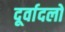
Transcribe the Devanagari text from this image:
दूर्वादलों